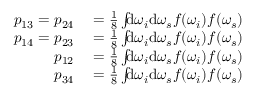
\begin{array} { r l } { p _ { 1 3 } = p _ { 2 4 } } & { { } = \frac { 1 } { 8 } \int \! \! \! \mathrm { d } \omega _ { i } \mathrm { d } \omega _ { s } f ( \omega _ { i } ) f ( \omega _ { s } ) } \\ { p _ { 1 4 } = p _ { 2 3 } } & { { } = \frac { 1 } { 8 } \int \! \! \! \mathrm { d } \omega _ { i } \mathrm { d } \omega _ { s } f ( \omega _ { i } ) f ( \omega _ { s } ) } \\ { p _ { 1 2 } } & { { } = \frac { 1 } { 8 } \int \! \! \! \mathrm { d } \omega _ { i } \mathrm { d } \omega _ { s } f ( \omega _ { i } ) f ( \omega _ { s } ) } \\ { p _ { 3 4 } } & { { } = \frac { 1 } { 8 } \int \! \! \! \mathrm { d } \omega _ { i } \mathrm { d } \omega _ { s } f ( \omega _ { i } ) f ( \omega _ { s } ) } \end{array}